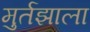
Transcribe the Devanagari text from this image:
मुर्तझाला